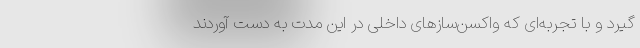
گیرد و با تجربه‌ای که واکسن‌سازهای داخلی در این مدت به دست آوردند